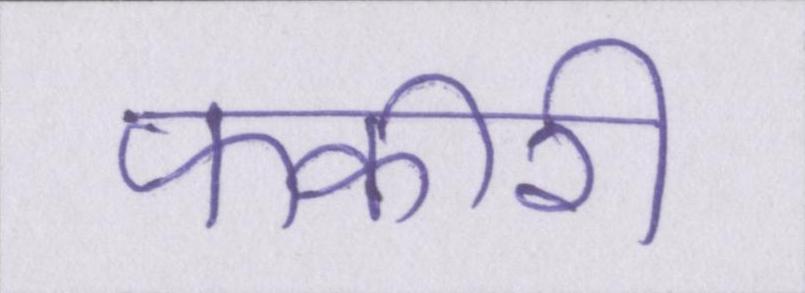
फकीरी